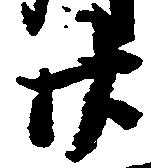
廿